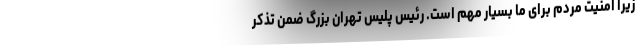
زیرا امنیت مردم برای ما بسیار مهم است. رئیس پلیس تهران بزرگ ضمن تذکر